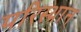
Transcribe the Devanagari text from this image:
परिस्थान